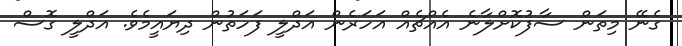
ގެނޭ މިތަން ސާފުކޮށްލާނެ އެއްޗެއް އަހަރެން އަދްލީ ފަހަތުން ދިޔައީމެވެ. އަދްލީ ގޮސް